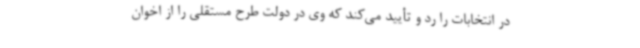
در انتخابات را رد و تأیید می‌کند که وی در دولت طرح مستقلی را از اخوان